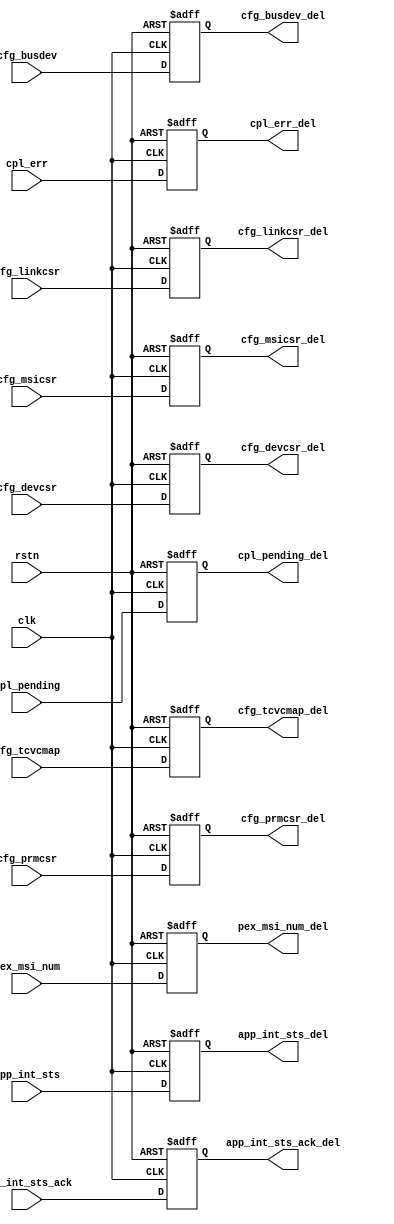
module altpcierd_icm_sideband (
                   clk, rstn, 
                   cfg_busdev,  cfg_devcsr,  cfg_linkcsr, cfg_msicsr, cfg_prmcsr,
                   cfg_tcvcmap,  app_int_sts,  app_int_sts_ack, pex_msi_num, cpl_err,
                   cpl_pending,
                   cfg_busdev_del,  cfg_devcsr_del,  cfg_linkcsr_del, cfg_msicsr_del, cfg_prmcsr_del,
                   cfg_tcvcmap_del,  app_int_sts_del,  app_int_sts_ack_del, pex_msi_num_del, cpl_err_del,
                   cpl_pending_del
                   );


   input             clk;  
   input             rstn;     
   input    [ 12: 0] cfg_busdev;         // From core to app
   input    [ 31: 0] cfg_devcsr;         // From core to app
   input    [ 31: 0] cfg_linkcsr;        // From core to app
   input    [ 31: 0] cfg_prmcsr;        // From core to app
   input    [ 23: 0] cfg_tcvcmap;        // From core to app
   input    [15:0]   cfg_msicsr;         // From core to app
   input    [  4: 0] pex_msi_num;        // From app to core
   input             app_int_sts;        // From app to core
   input             app_int_sts_ack;    // From core to app
   input    [  2: 0] cpl_err;
   input             cpl_pending;
   

   output    [ 12: 0] cfg_busdev_del;
   output    [ 31: 0] cfg_devcsr_del;
   output    [ 31: 0] cfg_linkcsr_del;
   output    [ 31: 0] cfg_prmcsr_del;
   output    [ 23: 0] cfg_tcvcmap_del;  
   output    [15:0]   cfg_msicsr_del;
   output             app_int_sts_del;
   output             app_int_sts_ack_del;  // To app
   output    [  4: 0] pex_msi_num_del; 
   output    [  2: 0] cpl_err_del;
   output             cpl_pending_del;
   
   
   reg       [ 12: 0] cfg_busdev_del;
   reg       [ 31: 0] cfg_devcsr_del;
   reg       [ 31: 0] cfg_linkcsr_del;
   reg       [ 31: 0] cfg_prmcsr_del;
   reg       [ 23: 0] cfg_tcvcmap_del;   
   reg                app_int_sts_del;
   reg                app_int_sts_ack_del;
   reg       [  4: 0] pex_msi_num_del;  
   reg       [  2: 0] cpl_err_del;
   
   reg      [15:0]   cfg_msicsr_del;
   
   reg                cpl_pending_del;
  
  //---------------------------------------------
  // Incremental Compile Boundary registers
  //---------------------------------------------
  always @ (posedge clk or negedge rstn) begin
      if (~rstn) begin
          cfg_busdev_del      <= 13'h0;
          cfg_devcsr_del      <= 32'h0;
          cfg_linkcsr_del     <= 32'h0;
          cfg_prmcsr_del     <= 32'h0;
          cfg_tcvcmap_del     <= 24'h0;
          cfg_msicsr_del      <= 16'h0;
          app_int_sts_del     <= 1'b0;
          app_int_sts_ack_del <= 1'b0;
          pex_msi_num_del     <= 5'h0; 
          cpl_err_del         <= 3'h0; 
          cpl_pending_del     <= 1'b0;
      end
      else begin
          cfg_busdev_del      <= cfg_busdev;
          cfg_devcsr_del      <= cfg_devcsr;
          cfg_linkcsr_del     <= cfg_linkcsr;
          cfg_prmcsr_del     <= cfg_prmcsr;
          cfg_tcvcmap_del     <= cfg_tcvcmap;
          cfg_msicsr_del      <= cfg_msicsr;
          app_int_sts_del     <= app_int_sts;  // From app to core.  NO COMBINATIONAL allowed on input
          app_int_sts_ack_del <= app_int_sts_ack;  
          pex_msi_num_del     <= pex_msi_num;  // From app to core.  NO COMBINATIONAL allowed on input
          cpl_err_del         <= cpl_err;      // From app to core.  NO COMBINATIONAL allowed on input 
          cpl_pending_del     <= cpl_pending;  // From app to core.  NO COMBINATIONAL allowed on input
      end
  end
endmodule